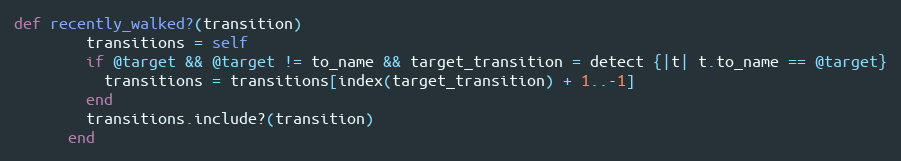
Language: Ruby
def recently_walked?(transition)
        transitions = self
        if @target && @target != to_name && target_transition = detect {|t| t.to_name == @target}
          transitions = transitions[index(target_transition) + 1..-1]
        end
        transitions.include?(transition)
      end